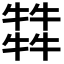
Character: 𤛭